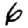
Digit: 6